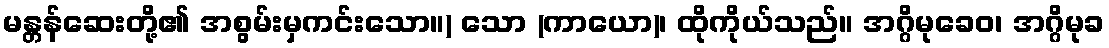
မန္တန်ဆေးတို့၏ အစွမ်းမှကင်းသော။) သော (ကာယော)၊ ထိုကိုယ်သည်။ အဂ္ဂိမုခေဝ၊ အဂ္ဂိမုခ